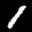
Label: 1